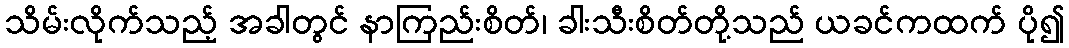
သိမ်းလိုက်သည့် အခါတွင် နာကြည်းစိတ်၊ ခါးသီးစိတ်တို့သည် ယခင်ကထက် ပို၍